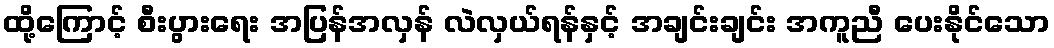
ထို့ကြောင့် စီးပွားရေး အပြန်အလှန် လဲလှယ်ရန်နှင့် အချင်းချင်း အကူညီ ပေးနိုင်သော